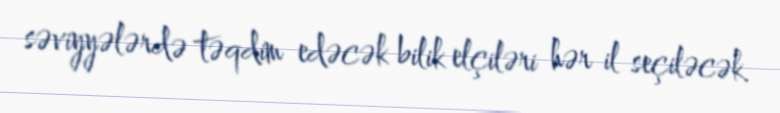
səviyyələrdə təqdim edəcək bilik elçiləri hər il seçiləcək.